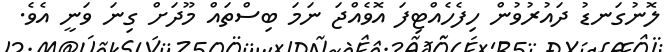
ލޮނުގަނޑު ދައުރުވުން ހިފެހެއްޓިފަ އޮވެއްޖަ ނަމަ ބިސްތައް މޫދަށް ގިނަ ވަނީ އެވެ.